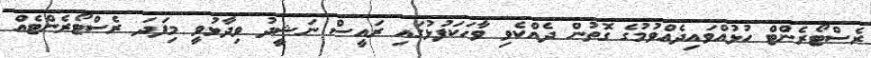
ރެސްޓޯރެންޓް ހުޅުއްވައިދެއްވުމުގެ ގޮތުން ދެއްކެވި ވާހަކަފުޅުގައި ރައީސް ނަޝީދު ވިދާޅުވީ މިފަދަ ރެސްޓޯރެންޓެއް